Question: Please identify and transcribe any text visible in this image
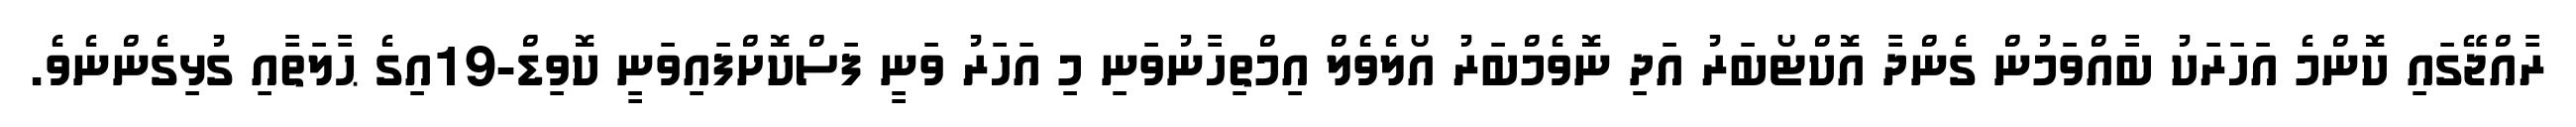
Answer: ރާއްޖޭގައި ކޮންމެ އަހަރަކު ބާއްވަމުން ގެންދާ އޮކްޓޯބަރު އަދި ނޮވެމްބަރު އޯލެވެލް އިމްތިހާނުވަނި މި އަހަރު ވަނީ ފަސްކޮށްފައިވަނީ ކޮވިޑް-19އިގެ ޙާލަތާއި ގުޅިގެންނެވެ.